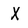
Character: X